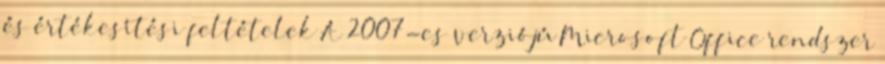
és értékesítési feltételek A 2007-es verziójú Microsoft Office rendszer